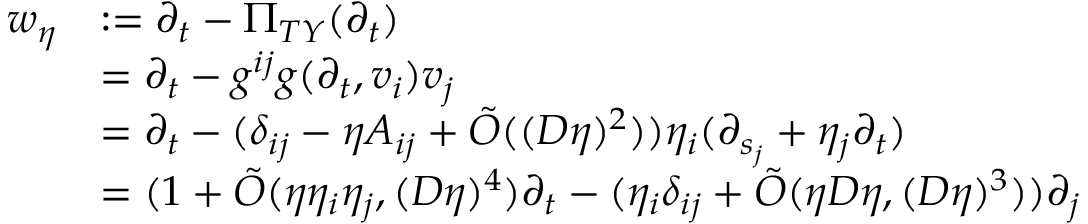
\begin{array} { r l } { w _ { \eta } } & { : = \partial _ { t } - \Pi _ { T Y } ( \partial _ { t } ) } \\ & { = \partial _ { t } - g ^ { i j } g ( \partial _ { t } , v _ { i } ) v _ { j } } \\ & { = \partial _ { t } - ( \delta _ { i j } - \eta A _ { i j } + \tilde { O } ( ( D \eta ) ^ { 2 } ) ) \eta _ { i } ( \partial _ { s _ { j } } + \eta _ { j } \partial _ { t } ) } \\ & { = ( 1 + \tilde { O } ( \eta \eta _ { i } \eta _ { j } , ( D \eta ) ^ { 4 } ) \partial _ { t } - ( \eta _ { i } \delta _ { i j } + \tilde { O } ( \eta D \eta , ( D \eta ) ^ { 3 } ) ) \partial _ { j } } \end{array}